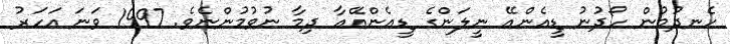
ހެނދުމުން ހޯދުނު ޑީއެންއޭ ނީލަންގެ ޑީއެންއޭއާ ދިމާ ނުވުމުންނެވެ. 1997 ވަނަ އަހަރު